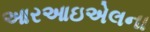
આરઆઇએલના